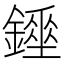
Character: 𨭇